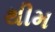
થીમ